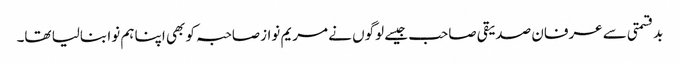
بدقسمتی سے عرفان صدیقی صاحب جیسے لوگوں نے مریم نوازصاحبہ کو بھی اپنا ہم نوا بنالیا تھا۔